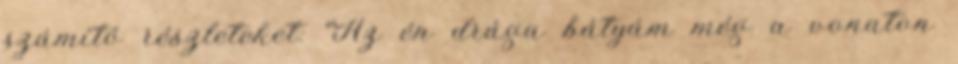
számító részleteket: “Az én drága bátyám még a vonaton